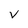
Character: V